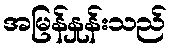
အမြန်နှုန်းသည်